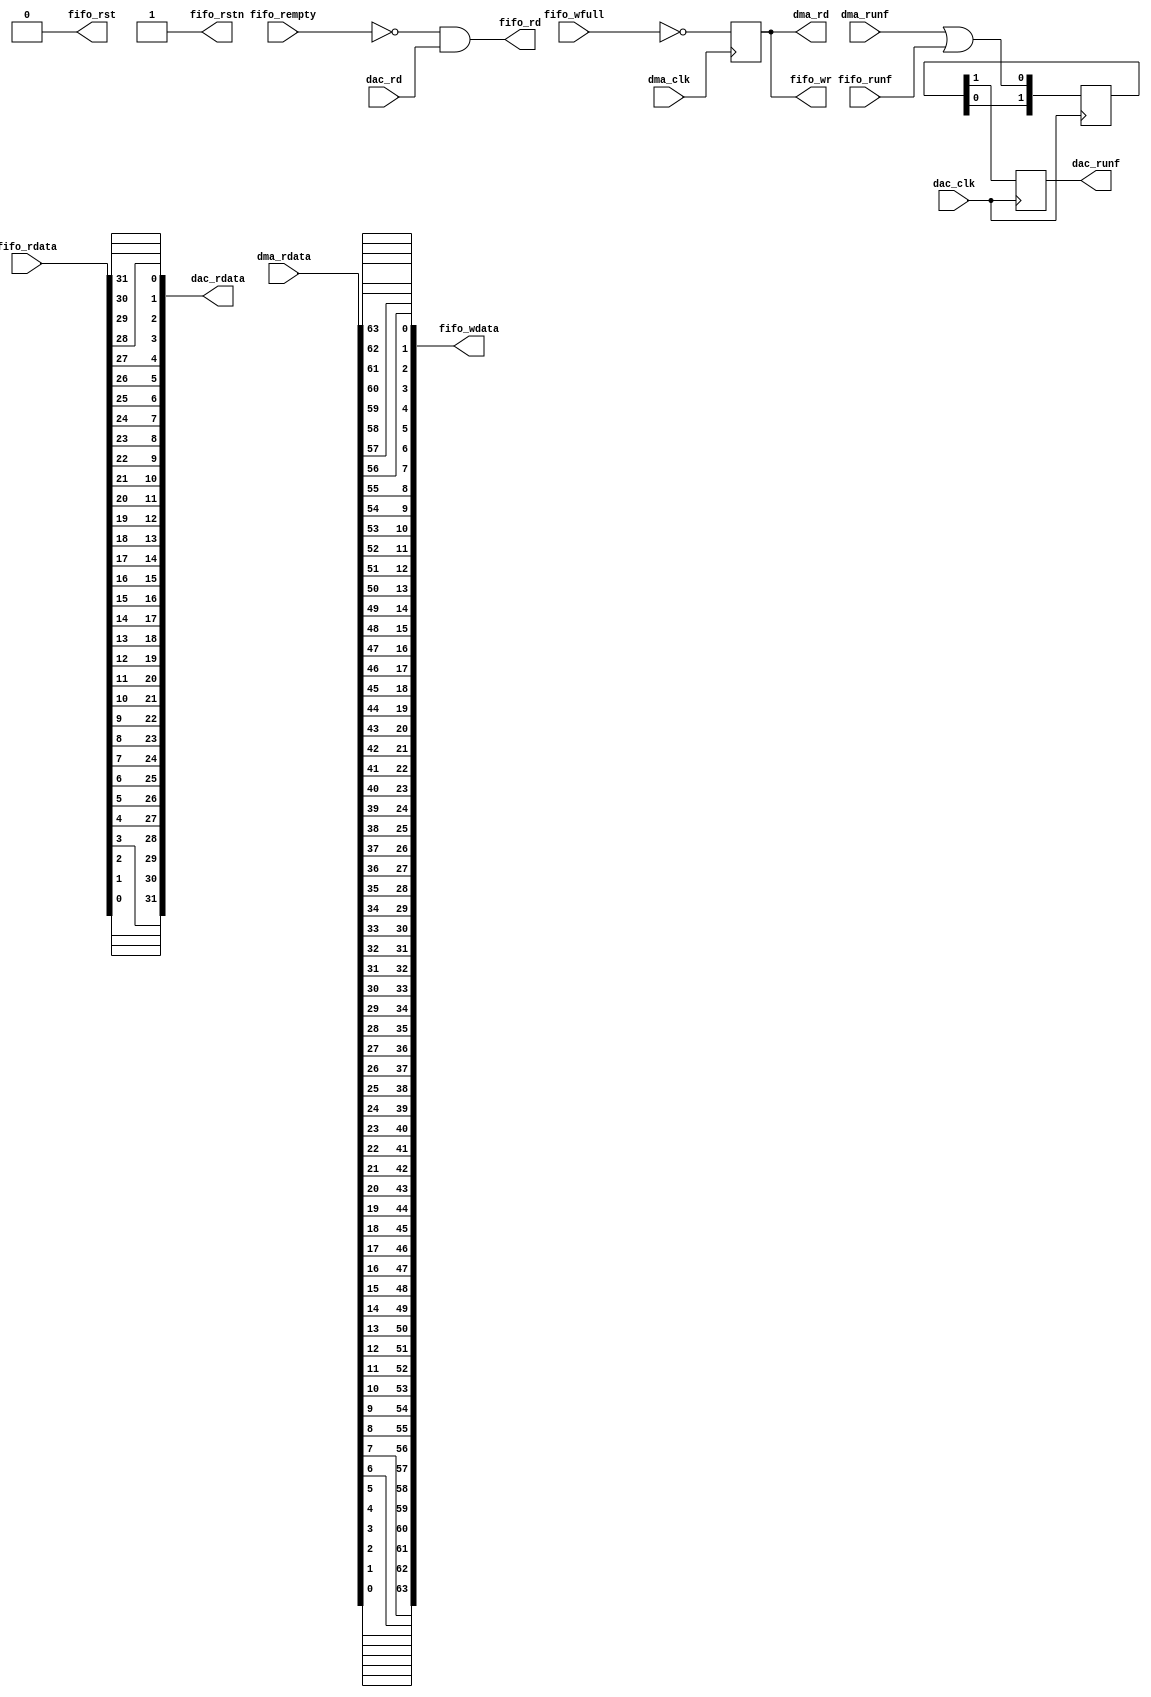
// ***************************************************************************
// ***************************************************************************
// Copyright 2011(c) Analog Devices, Inc.
//
// All rights reserved.
//
// Redistribution and use in source and binary forms, with or without modification,
// are permitted provided that the following conditions are met:
//     - Redistributions of source code must retain the above copyright
//       notice, this list of conditions and the following disclaimer.
//     - Redistributions in binary form must reproduce the above copyright
//       notice, this list of conditions and the following disclaimer in
//       the documentation and/or other materials provided with the
//       distribution.
//     - Neither the name of Analog Devices, Inc. nor the names of its
//       contributors may be used to endorse or promote products derived
//       from this software without specific prior written permission.
//     - The use of this software may or may not infringe the patent rights
//       of one or more patent holders.  This license does not release you
//       from the requirement that you obtain separate licenses from these
//       patent holders to use this software.
//     - Use of the software either in source or binary form, must be run
//       on or directly connected to an Analog Devices Inc. component.
//
// THIS SOFTWARE IS PROVIDED BY ANALOG DEVICES "AS IS" AND ANY EXPRESS OR IMPLIED WARRANTIES,
// INCLUDING, BUT NOT LIMITED TO, NON-INFRINGEMENT, MERCHANTABILITY AND FITNESS FOR A
// PARTICULAR PURPOSE ARE DISCLAIMED.
//
// IN NO EVENT SHALL ANALOG DEVICES BE LIABLE FOR ANY DIRECT, INDIRECT, INCIDENTAL, SPECIAL,
// EXEMPLARY, OR CONSEQUENTIAL DAMAGES (INCLUDING, BUT NOT LIMITED TO, INTELLECTUAL PROPERTY
// RIGHTS, PROCUREMENT OF SUBSTITUTE GOODS OR SERVICES; LOSS OF USE, DATA, OR PROFITS; OR
// BUSINESS INTERRUPTION) HOWEVER CAUSED AND ON ANY THEORY OF LIABILITY, WHETHER IN CONTRACT,
// STRICT LIABILITY, OR TORT (INCLUDING NEGLIGENCE OR OTHERWISE) ARISING IN ANY WAY OUT OF
// THE USE OF THIS SOFTWARE, EVEN IF ADVISED OF THE POSSIBILITY OF SUCH DAMAGE.
// ***************************************************************************
// ***************************************************************************
// allows conversions between the dac (or similar) interface to the dma (or similar).
//    * asymmetric bus widths in the range allowed by the fifo
//    * frequency -- dma can run slower at reduced channels
//    * drop or add channels -- pre processing samples
//    * interface axis -- allows axi-stream interface
//
// in all cases bandwidth requirements must be met (read <= write).
//
// axis-interface support
//    * connect dma_rd as axis_ready, make sure data is present (use dma_rd as
//        enable for the data pipe line). leave axis_valid open!
//    * make sure read bandwidth <= write bandwidth (or interpolate samples)
//
// the fifo is external- connect all the fifo_* signals to a fifo generator IP.
// configure the IP to match the buswidths & clocks.
// ***************************************************************************
// ***************************************************************************

`timescale 1ns/100ps

module util_rfifo (

  // dac interface

  dac_clk,
  dac_rd,
  dac_rdata,
  dac_runf,

  // dma interface

  dma_clk,
  dma_rd,
  dma_rdata,
  dma_runf,

  // fifo interface

  fifo_rst,
  fifo_rstn,
  fifo_wr,
  fifo_wdata,
  fifo_wfull,
  fifo_rd,
  fifo_rdata,
  fifo_rempty,
  fifo_runf);

  // parameters

  parameter DAC_DATA_WIDTH = 32;
  parameter DMA_DATA_WIDTH = 64;

  // dac interface

  input                           dac_clk;
  input                           dac_rd;
  output  [DAC_DATA_WIDTH-1:0]    dac_rdata;
  output                          dac_runf;

  // dma interface

  input                           dma_clk;
  output                          dma_rd;
  input   [DMA_DATA_WIDTH-1:0]    dma_rdata;
  input                           dma_runf;

  // fifo interface

  output                          fifo_rst;
  output                          fifo_rstn;
  output                          fifo_wr;
  output  [DMA_DATA_WIDTH-1:0]    fifo_wdata;
  input                           fifo_wfull;
  output                          fifo_rd;
  input   [DAC_DATA_WIDTH-1:0]    fifo_rdata;
  input                           fifo_rempty;
  input                           fifo_runf;

  // internal registers

  reg     [ 1:0]                  dac_runf_m = 'd0;
  reg                             dac_runf = 'd0;
  reg                             dma_rd = 'd0;

  // dac underflow

  always @(posedge dac_clk) begin
    dac_runf_m[0] <= dma_runf | fifo_runf;
    dac_runf_m[1] <= dac_runf_m[0];
    dac_runf <= dac_runf_m[1];
  end

  // dma read

  always @(posedge dma_clk) begin
    dma_rd <= ~fifo_wfull;
  end

  // write

  assign fifo_wr = dma_rd;

  genvar s;
  generate
  for (s = 0; s < DMA_DATA_WIDTH; s = s + 1) begin: g_wdata
  assign fifo_wdata[s] = dma_rdata[(DMA_DATA_WIDTH-1)-s];
  end
  endgenerate

  // read

  assign fifo_rd = ~fifo_rempty & dac_rd;

  genvar m;
  generate
  for (m = 0; m < DAC_DATA_WIDTH; m = m + 1) begin: g_rdata
  assign dac_rdata[m] = fifo_rdata[(DAC_DATA_WIDTH-1)-m];
  end
  endgenerate

  // reset & resetn

  assign fifo_rst = 1'b0;
  assign fifo_rstn = 1'b1;

endmodule

// ***************************************************************************
// ***************************************************************************